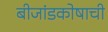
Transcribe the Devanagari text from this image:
बीजांडकोषाची